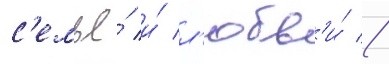
с'емье́ и́ л'юбв'и́ //